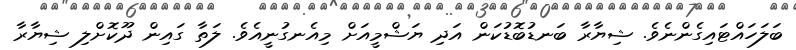
ބަލަހައްޓައިގެންނެވެ. ޝިޔާރާ ބަނޑުބޮޑުކަން އަދި ޔަޝްމީއަށް މިއެނގުނީއެވެ. ލަތާ ގައިން ދޫކޮށްލި ޝިޔާރާ